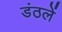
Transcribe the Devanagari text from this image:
डंठलें